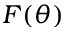
F ( \theta )